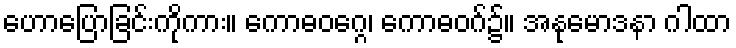
ဟောပြောခြင်းကိုကား။ ကောဓဝဂ္ဂေ၊ ကောဓဝဂ်၌။ အနုမောဒနာ ဂါထာ